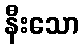
နီးသော